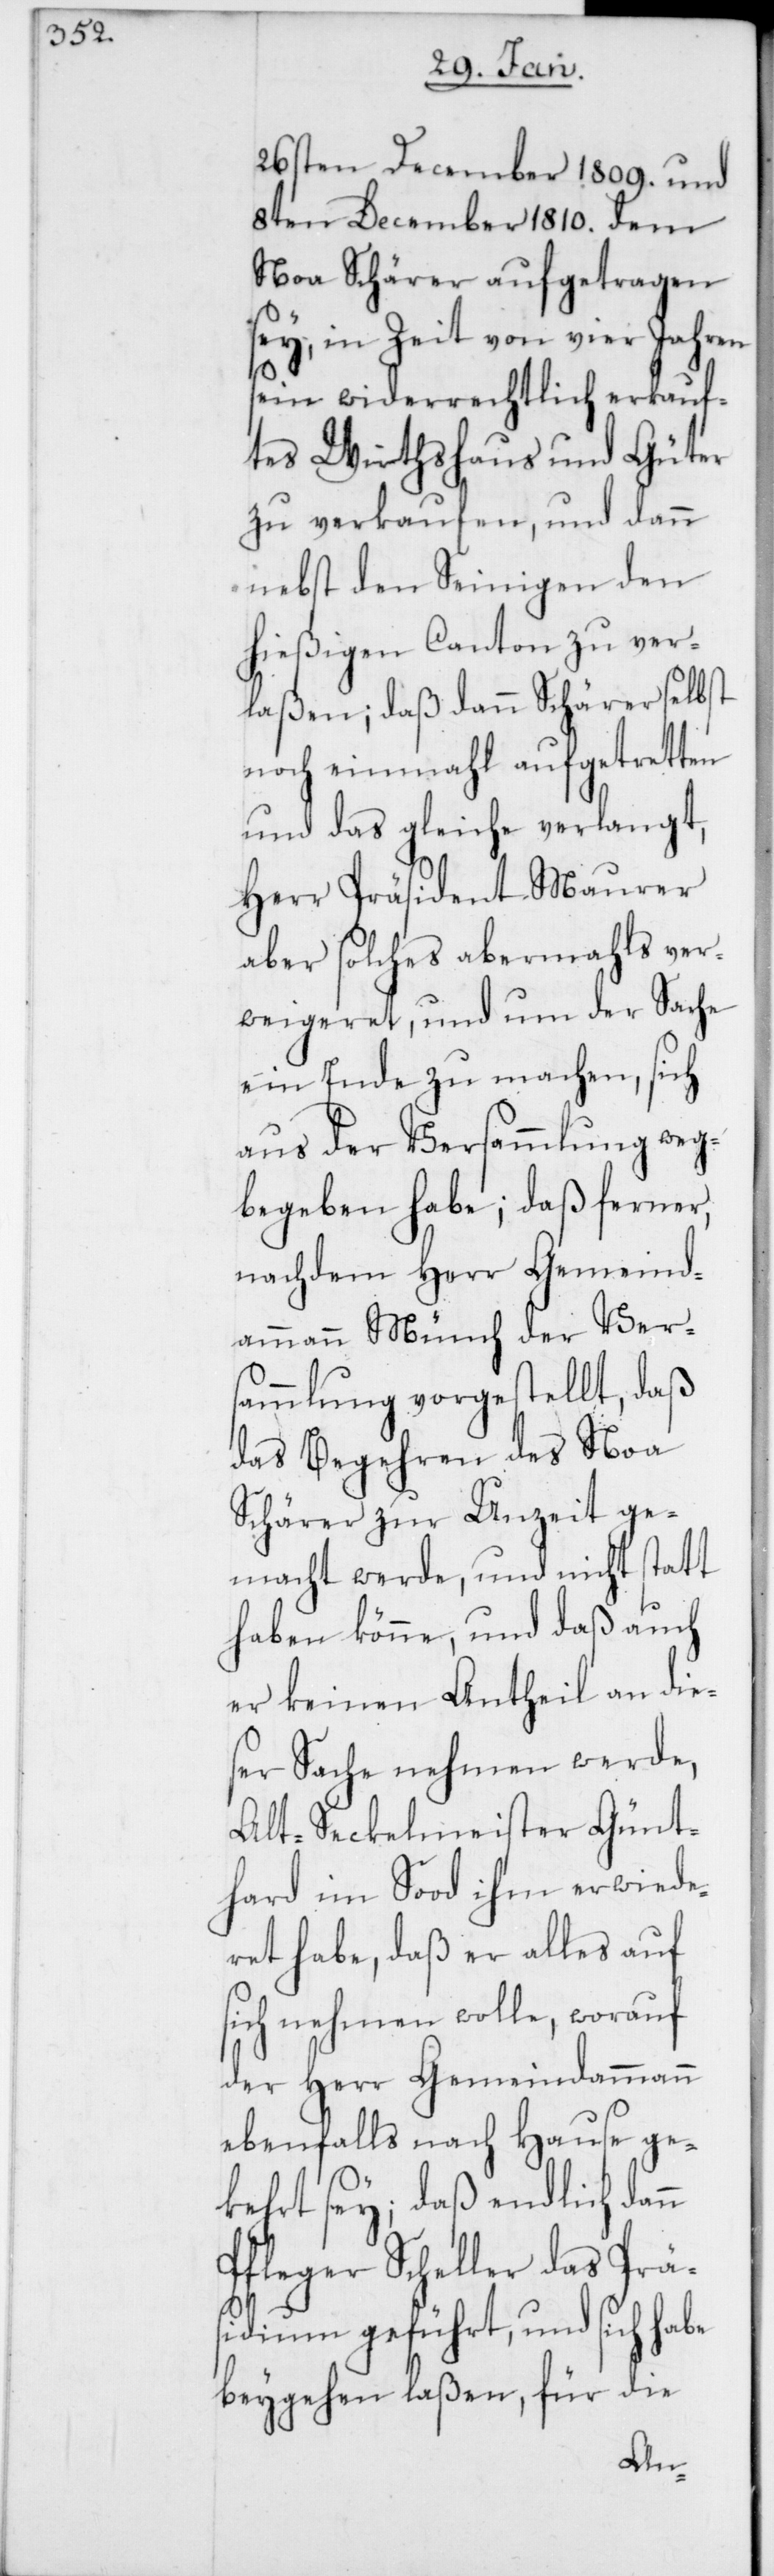
26sten December 1809. und
8ten December 1810. dem
Noa Schärer aufgetragen
sey, in Zeit von vier Jahren
sein widerrechtlich erkauf¬
tes Wirthshaus und Güter
zu verkaufen, und dann
nebst den Seinigen den
hießigen Canton zu ver¬
laßen; daß dann Schärer selbst
noch einmahl aufgetretten
und das gleiche verlangt,
Herr Präsdient Maurer
aber solches abermahls ver¬
weigeret, und um der Sache
ein Ende zu machen, sich
aus der Versammlung weg¬
begeben habe; daß ferner,
nachdem Herr Gemeind¬
ammann Münch der Ver¬
sammlung vorgestellt, daß
das Begehren des Noa
Schärer zur Unzeit ge¬
macht werde, und nicht statt
haben könne, und daß auch
er keinen Antheil an die¬
ser Sache nehmen werde,
Alt-Seckelmeister Günt¬
hard im Sood ihm erwiede¬
ret habe, daß er alles auf
sich nehmen wolle, worauf
der Herr Gemeindammann
ebenfalls nach Hause ge¬
kehrt sey; daß endlich dan¬
Pfleger Scheller das Präs¬
idium geführt, und sich habe
beygehen laßen, für die
n